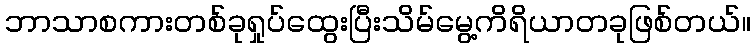
ဘာသာစကားတစ်ခုရှုပ်ထွေးပြီးသိမ်မွေ့ကိရိယာတခုဖြစ်တယ်။